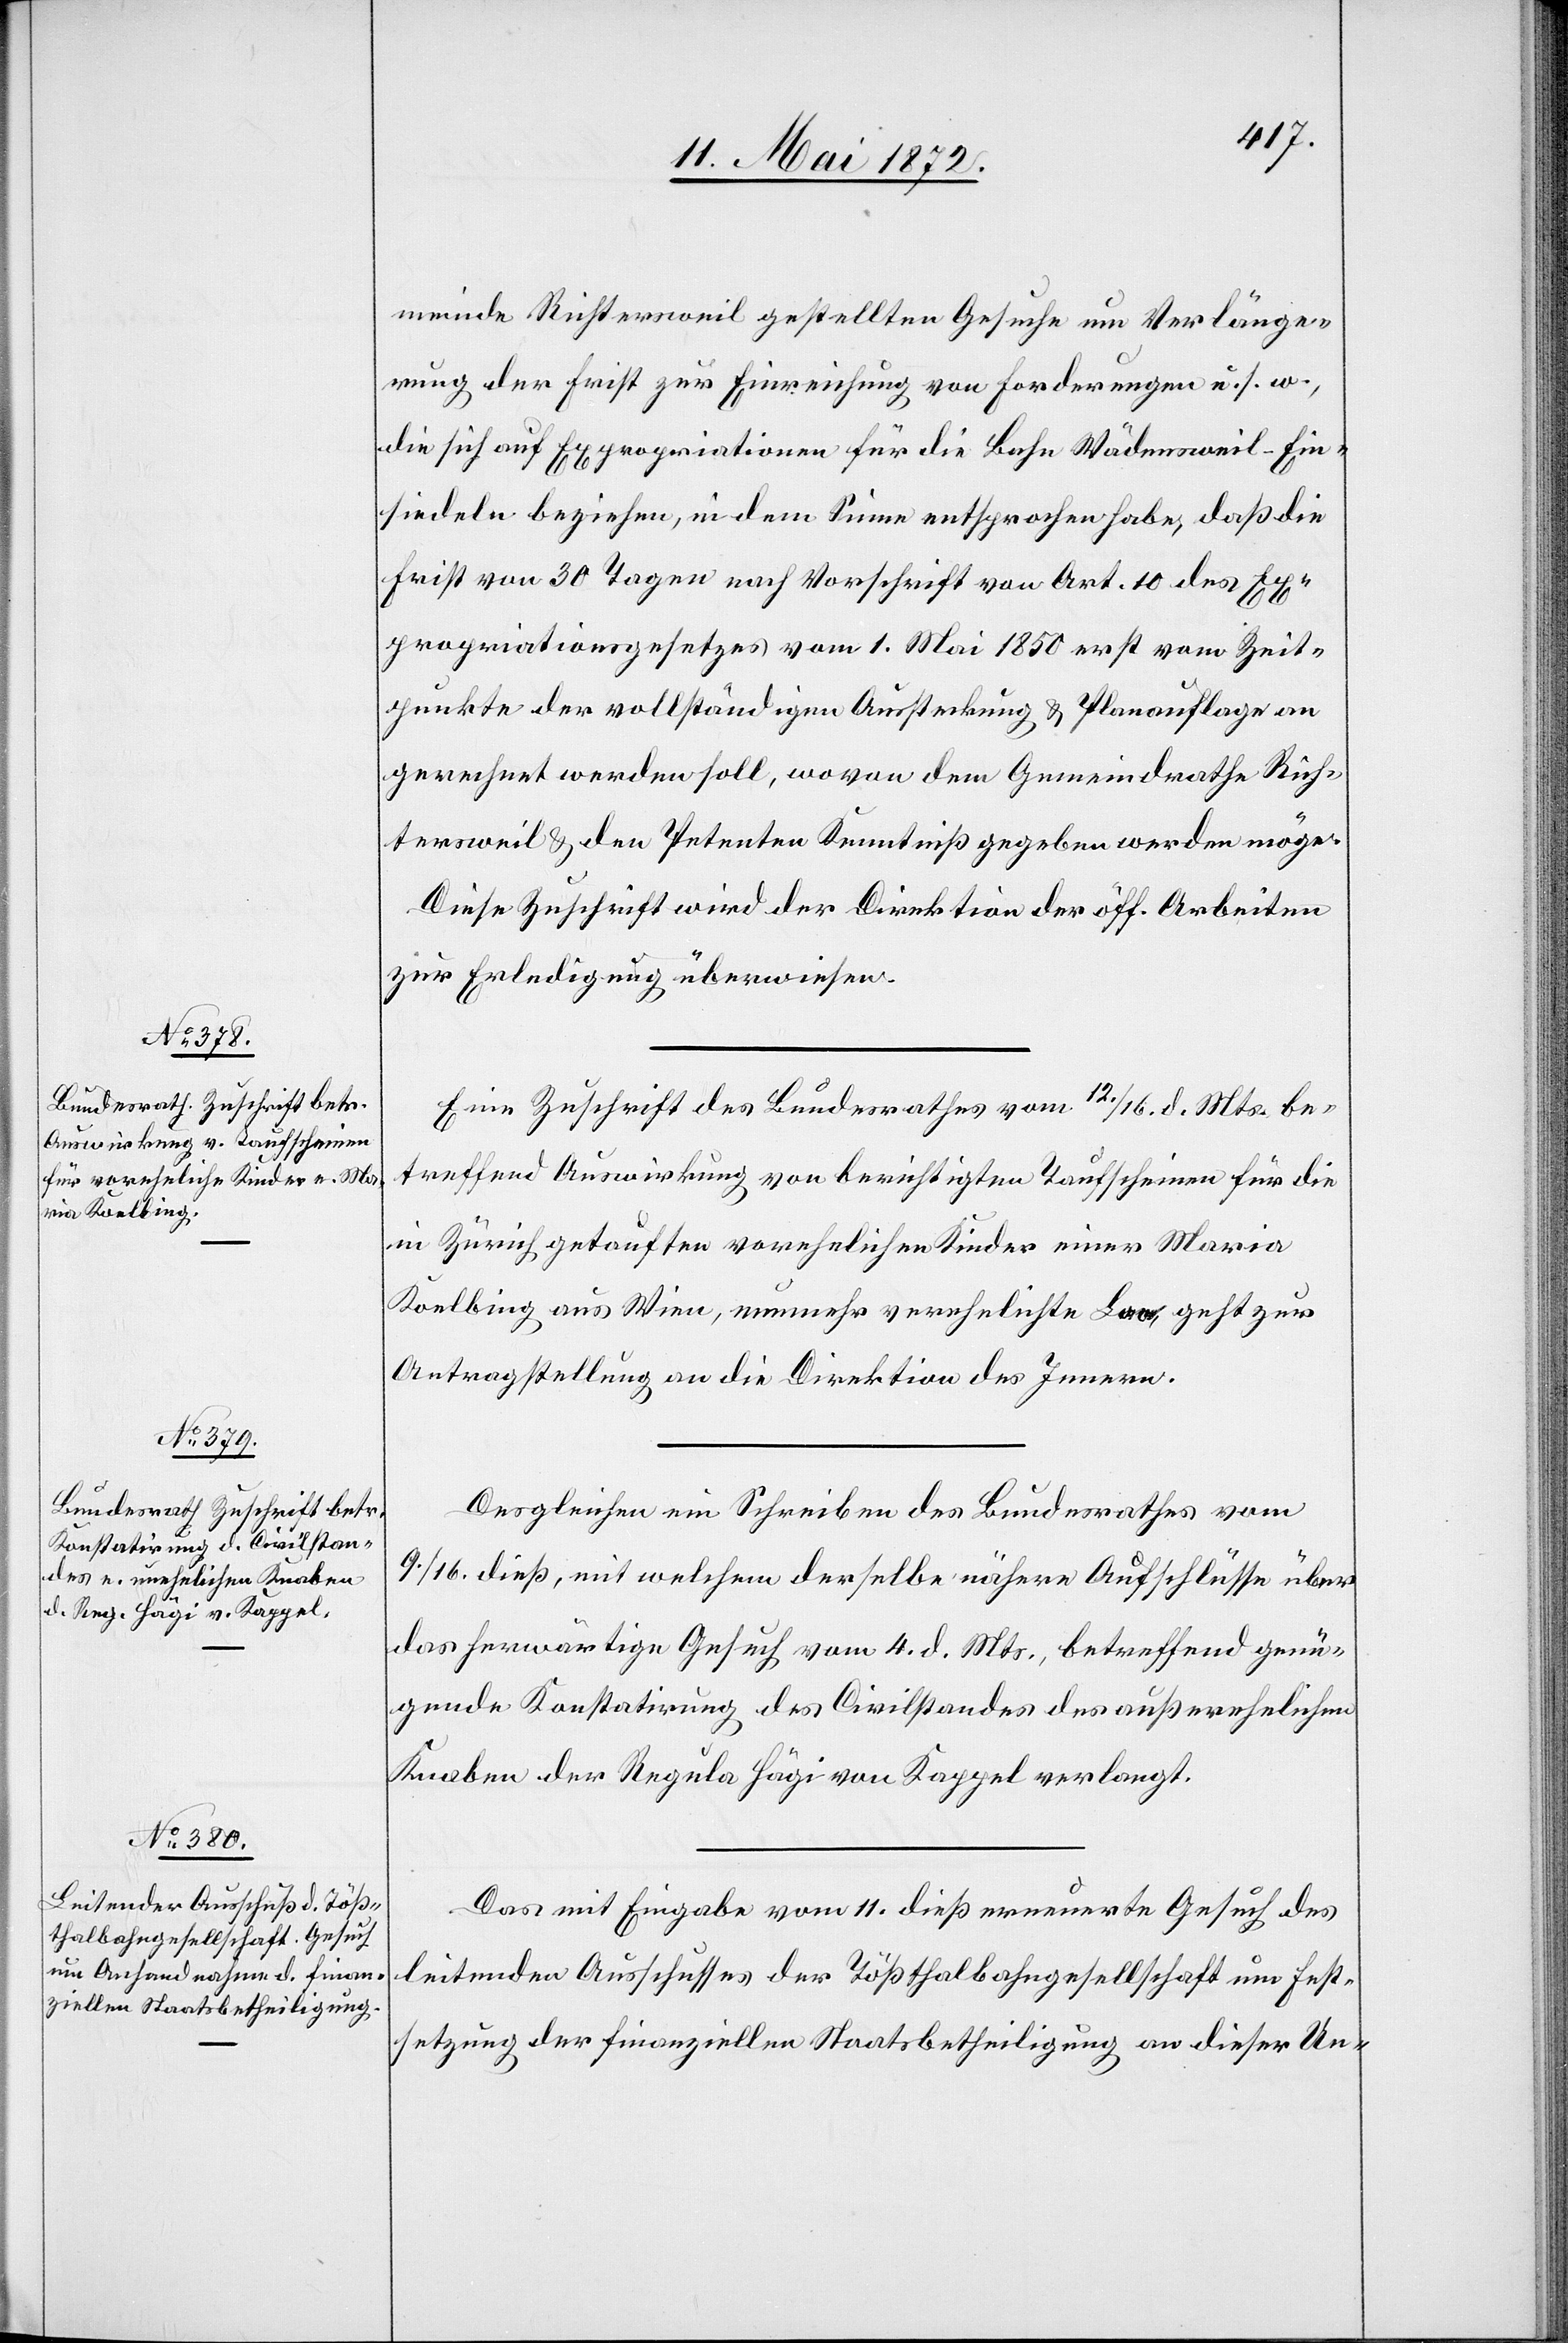
17. Mai 1872.]
meinde Richtersweil gestellten Gesuche um Verlänge¬
rung der Frist zur Einreichung von Forderungen u. s. w.,
die sich auf Expropriationen für die Bahn Wädensweil–Ein¬
siedeln beziehen, in dem Sinne entsprochen habe, daß die
Frist von 30 Tagen nach Vorschrift von Art. 10 des Ex¬
propriationsgesetzes vom 1. Mai 1850 erst vom Zeit¬
punkte der vollständigen Aussteckung u. Planauflage an
gerechnet werden soll, wovon dem Gemeindrathe Rich¬
tersweil u. den Petenten Kenntniß gegeben werden möge.
Diese Zuschrift wird der Direktion der öff. Arbeiten
zur Erledigung überwiesen.
Eine Zuschrift des Bundesrathes vom 12./16. d. Mts be¬
treffend Auswirkung von berichtigten Taufscheinen für die
in Zürich getauften vorehelichen Kinder einer Maria
Koelbing aus Wien, nunmehr verehelichte Laa, geht zur
Antragstellung an die Direktion des Innern.
Desgleichen ein Schreiben des Bundesrathes vom
9./16. dieß, mit welchem derselbe nähere Aufschlüsse über
das herwärtige Gesuche vom 4. d. Mts., betreffend genü¬
gende Konstatirung des Civilstandes des außerehelichen
Knaben der Regula Hägi von Kappel verlangt.
Das mit Eingabe vom 11. dieß erneuerte Gesuch des
leitenden Ausschusses der Tößthalbahngesellschaft um Fest¬
setzung der finanziellen Staatsbetheiligung an dieser Un-